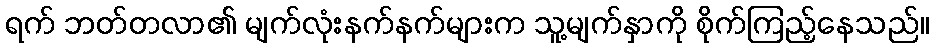
ရက် ဘတ်တလာ၏ မျက်လုံးနက်နက်များက သူ့မျက်နှာကို စိုက်ကြည့်နေသည်။